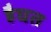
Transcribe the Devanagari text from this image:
हैघत